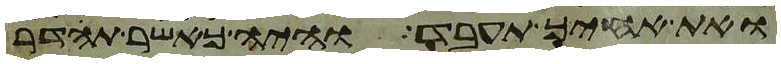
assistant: ואת אחיך תעבד והיה כאשר תהדר